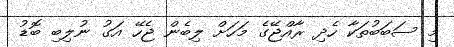
މި ސަބަބުތަކާ ހެދި ރާއްޖޭގެ މަހަށް ލިބެން ޖެހޭ އަގު ނުލިބި ބޮޑު